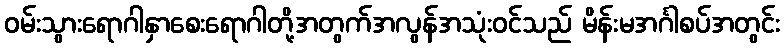
ဝမ်းသွားရောဂါနှာစေးရောဂါတို့အတွက်အလွန်အသုံးဝင်သည် မိန်းမအင်္ဂါစပ်အတွင်း